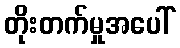
တိုးတက်မှုအပေါ်